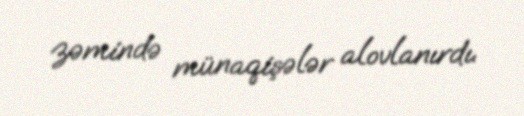
zəmində münaqişələr alovlanırdı.